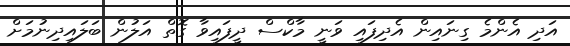
އަދި އެންމެ ގިނައިން އެދިފައި ވަނީ މާކްސް ދީފައިވާ ގޮތް އަލުން ބަލައިދިނުމަށް